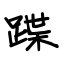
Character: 蹀